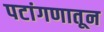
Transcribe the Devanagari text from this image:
पटांगणातून